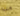
متنا